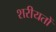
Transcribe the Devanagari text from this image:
शरीयतों